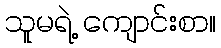
သူမရဲ့ ကျောင်းစာ။